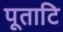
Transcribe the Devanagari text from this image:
पूताटि